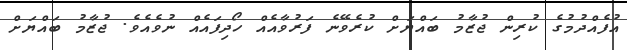
އުފެއްދުމުގެ ކުރިން ޖުޒާމު ބައްޔަށް ކުރެވޭނެ ފަރުވާއެއް ހޯދިފައެއް ނުވެއެވެ. ޖުޒާމު ބައްޔަށް